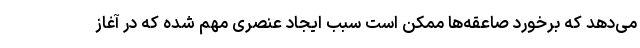
می‌دهد که برخورد صاعقه‌ها ممکن است سبب ایجاد عنصری مهم شده که در آغاز